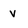
Character: v